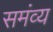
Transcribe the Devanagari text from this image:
समंव्य